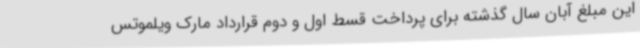
این مبلغ آبان سال گذشته برای پرداخت قسط اول و دوم قرارداد مارک ویلموتس